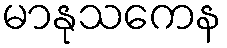
မာနုသကေန